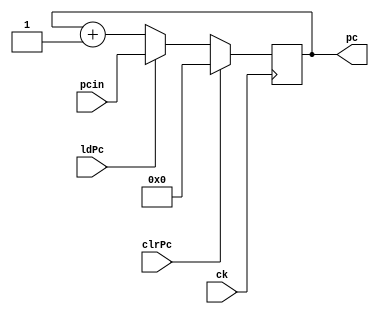
module cntr16 (pcin, pc, ck, ldPc, clrPc);
input ck;
input clrPc;
input ldPc;
input [15:0] pcin;
output [15:0] pc;
reg [15:0] pc;    

always @(posedge ck)
   begin
        if (clrPc) pc = #1 16'b0;
        else if (ldPc) pc = #1 pcin;
        else pc = #1 pc + 1;
   end
endmodule